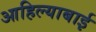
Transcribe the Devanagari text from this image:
आहिल्याबाई